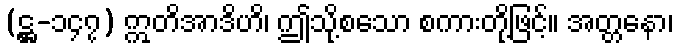
(ဋ္ဌ-၁၄၇) ဣတိအာဒိဟိ၊ ဤသို့စသော စကားတို့ဖြင့်။ အတ္တနော၊